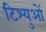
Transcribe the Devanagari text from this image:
टिश्युओं